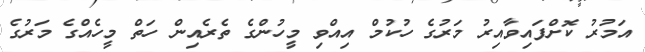
އަމުރު ކޮށްފައިވާއިރު މަރުގެ ހުކުމް އިއްވި މީހުންގެ ތެރެއިން ހަތް މީހެއްގެ މަރުގެ